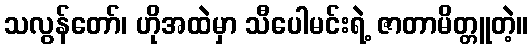
သလွန်တော်၊ ဟိုအထဲမှာ သီပေါမင်းရဲ့ ဇာတာမိတ္တူတဲ့။